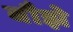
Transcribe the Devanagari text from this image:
बौझे